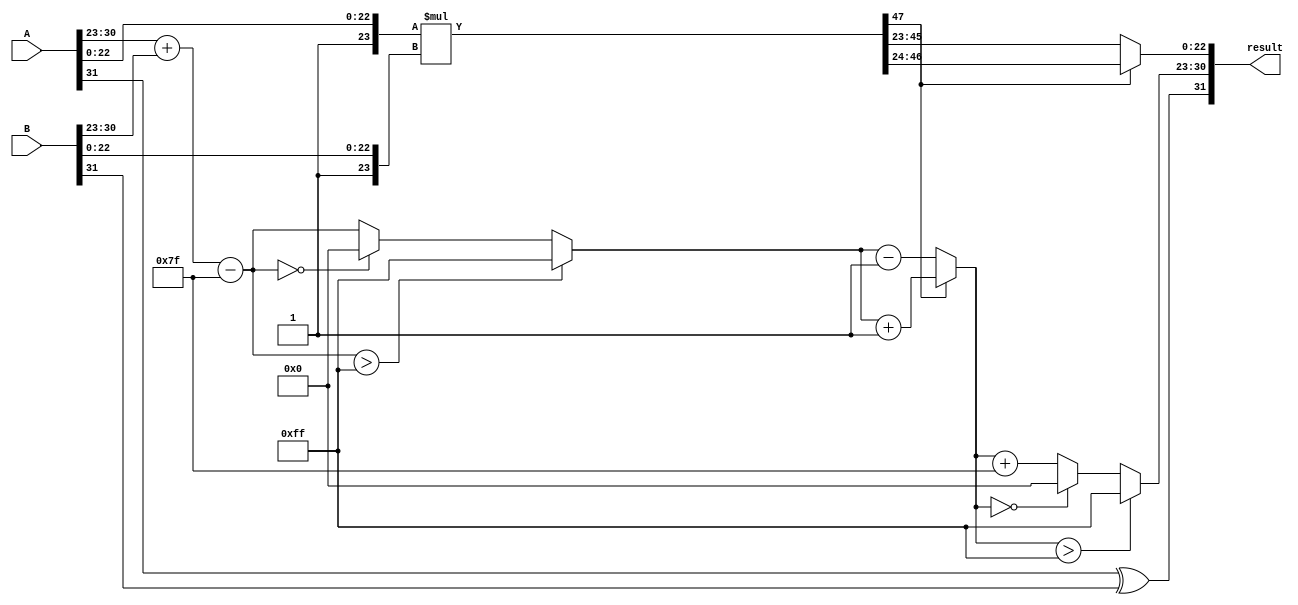
module floating_point_multiplier (
    input  wire [31:0] A, // First floating-point number
    input  wire [31:0] B, // Second floating-point number
    output reg  [31:0] result // Resulting floating-point number
);

    // Constants
    localparam BIAS = 8'd127;
    localparam EXPONENT_BITS = 8;
    localparam MANTISSA_BITS = 23;
    localparam MANTISSA_WIDTH = MANTISSA_BITS + 1; // Including implicit leading 1

    // Extract parts of A
    wire sign_A = A[31];
    wire [EXPONENT_BITS-1:0] exponent_A = A[30:23];
    wire [MANTISSA_BITS-1:0] mantissa_A = A[22:0];

    // Extract parts of B
    wire sign_B = B[31];
    wire [EXPONENT_BITS-1:0] exponent_B = B[30:23];
    wire [MANTISSA_BITS-1:0] mantissa_B = B[22:0];

    // Sign calculation
    wire sign_result = sign_A ^ sign_B;

    // Exponent calculation
    wire [EXPONENT_BITS-1:0] exponent_result_raw = exponent_A + exponent_B - BIAS;
    wire [EXPONENT_BITS-1:0] exponent_result = (exponent_result_raw > 255) ? 8'b11111111 : // Overflow to Inf
                                               (exponent_result_raw == 0) ? 8'b0 : // Underflow to zero
                                               exponent_result_raw;

    // Mantissa calculation
    wire [MANTISSA_WIDTH-1:0] mantissa_A_norm = {1'b1, mantissa_A}; // Normalize A
    wire [MANTISSA_WIDTH-1:0] mantissa_B_norm = {1'b1, mantissa_B}; // Normalize B
    wire [MANTISSA_WIDTH*2-1:0] mantissa_product = mantissa_A_norm * mantissa_B_norm; // Multiply mantissas

    // Normalization of the product
    reg [MANTISSA_WIDTH-1:0] mantissa_result;
    reg [EXPONENT_BITS-1:0] adjusted_exponent;
    
    always @(*) begin
        if (mantissa_product[MANTISSA_WIDTH*2-1]) begin
            // If the product is greater than 1 (1.xxx), shift right
            mantissa_result = mantissa_product[MANTISSA_WIDTH*2-2:MANTISSA_WIDTH]; // Keep the upper 23 bits
            adjusted_exponent = exponent_result + 1; // Increment exponent
        end else begin
            // If the product is less than 1 (0.xxx), shift left
            mantissa_result = mantissa_product[MANTISSA_WIDTH*2-3:MANTISSA_WIDTH-1]; // Shift right
            adjusted_exponent = exponent_result - 1; // Decrement exponent
        end
    end

    // Final result assembly
    always @(*) begin
        result[31] = sign_result; // Sign bit
        result[30:23] = (adjusted_exponent > 255) ? 8'b11111111 : // Overflow to Inf
                        (adjusted_exponent == 0) ? 8'b0 : // Underflow to zero
                        adjusted_exponent + BIAS; // Add bias back
        result[22:0] = mantissa_result[MANTISSA_BITS-1:0]; // Mantissa
    end

endmodule